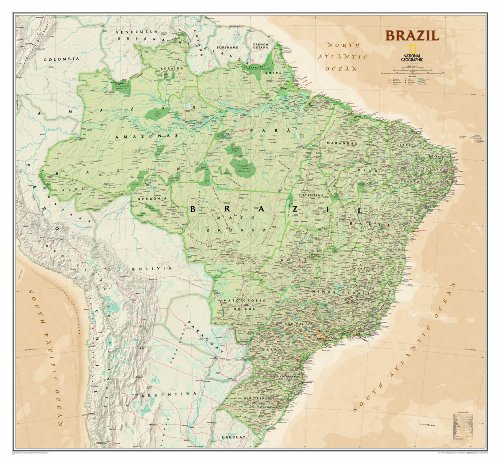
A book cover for Brazil Executive [Tubed] (National Geographic Reference Map); National Geographic Maps - Reference; Travel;